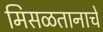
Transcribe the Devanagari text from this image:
मिसळतानाचे